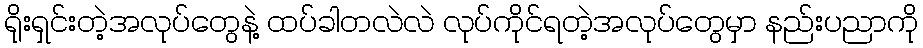
ရိုးရှင်းတဲ့အလုပ်တွေနဲ့ ထပ်ခါတလဲလဲ လုပ်ကိုင်ရတဲ့အလုပ်တွေမှာ နည်းပညာကို